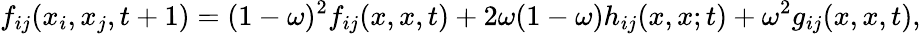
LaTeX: f_{ij}(x_{i},x_{j},t+1)=(1-\omega)^{2}f_{ij}(x,x,t)+2\omega(1-\omega)h_{ij}(x,x;t)+\omega^{2}g_{ij}(x,x,t),